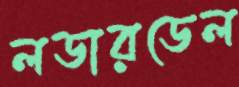
লডারডেল